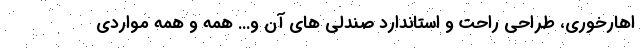
اهارخوری، طراحی راحت و استاندارد صندلی های آن و... همه و همه مواردی